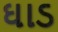
ઘાડ